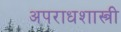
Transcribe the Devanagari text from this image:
अपराधशास्त्री